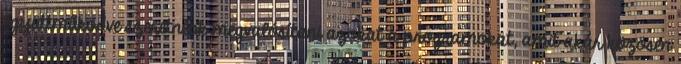
együttműködve szeretnénk megvalósítani azokat a programokat, amit akár közösen